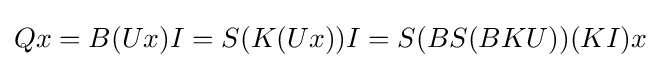
Qx=B(Ux)I=S(K(Ux))I=S(BS(BKU))(KI)x